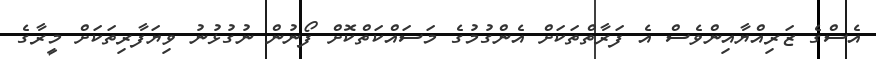
އެސްގެ ޒަރިއްޔާއިންވެސް އެ ފަރާތްތަކަށް އެންގުމުގެ މަސައްކަތްކޮށް ފޯނުން ނުގުޅުނު ވިޔަފާރިތަކަށް މީރާގެ